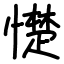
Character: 憷